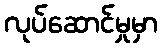
လုပ်ဆောင်မှုမှာ